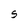
Character: S